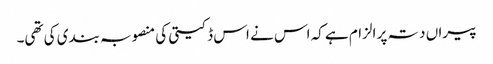
پیراں دتہ پر الزام ہے کہ اس نے اس ڈکیتی کی منصوبہ بندی کی تھی۔